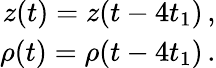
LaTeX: \begin{array}{r}{z(t)=z(t-4t_{1})\, ,}\\ {\rho(t)=\rho(t-4t_{1})\, .}\end{array}